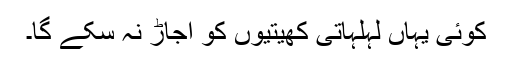
کوئی یہاں لہلہاتی کھیتیوں کو اجاڑ نہ سکے گا۔